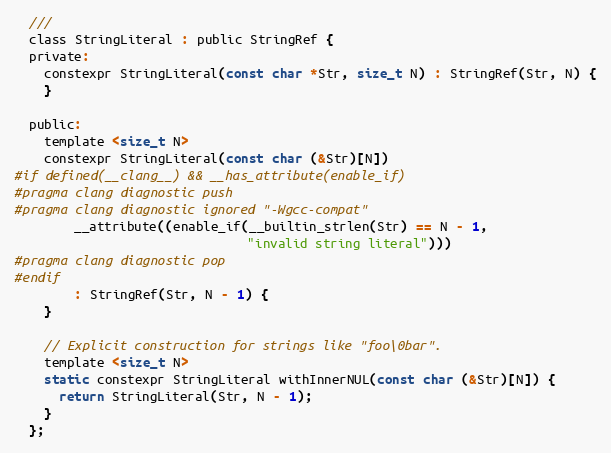
Language: C
  ///
  class StringLiteral : public StringRef {
  private:
    constexpr StringLiteral(const char *Str, size_t N) : StringRef(Str, N) {
    }

  public:
    template <size_t N>
    constexpr StringLiteral(const char (&Str)[N])
#if defined(__clang__) && __has_attribute(enable_if)
#pragma clang diagnostic push
#pragma clang diagnostic ignored "-Wgcc-compat"
        __attribute((enable_if(__builtin_strlen(Str) == N - 1,
                               "invalid string literal")))
#pragma clang diagnostic pop
#endif
        : StringRef(Str, N - 1) {
    }

    // Explicit construction for strings like "foo\0bar".
    template <size_t N>
    static constexpr StringLiteral withInnerNUL(const char (&Str)[N]) {
      return StringLiteral(Str, N - 1);
    }
  };